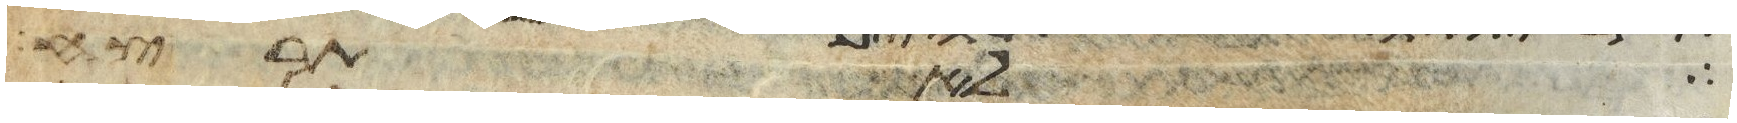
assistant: אלהים אנשי אמת שנאי בצע